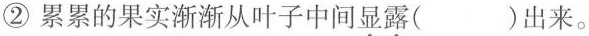
②累累的果实渐渐从叶子中间显露( )出来